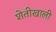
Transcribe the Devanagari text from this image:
शेतीखाली